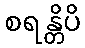
စရန္တိပိ